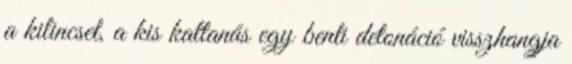
a kilincset, a kis kattanás egy benti detonáció visszhangja